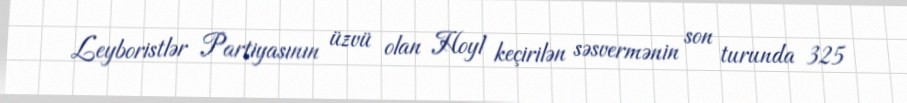
Leyboristlər Partiyasının üzvü olan Hoyl keçirilən səsvermənin son turunda 325